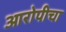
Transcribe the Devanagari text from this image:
आरोपीचा